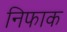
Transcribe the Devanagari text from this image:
निफाक